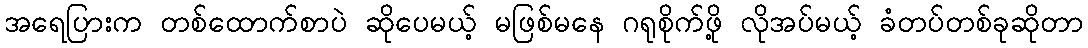
အရေပြားက တစ်ထောက်စာပဲ ဆိုပေမယ့် မဖြစ်မနေ ဂရုစိုက်ဖို့ လိုအပ်မယ့် ခံတပ်တစ်ခုဆိုတာ